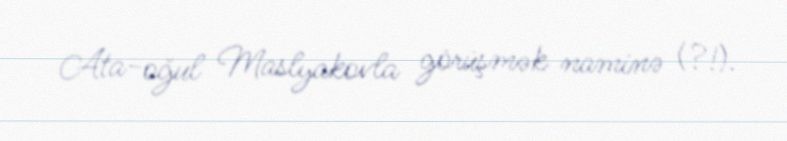
Ata-oğul Maslyakovla görüşmək naminə (?!).